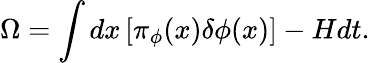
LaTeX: \Omega=\int dx\left[\pi_{\phi}(x)\delta\phi(x)\right]-Hdt.